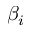
\beta _ { i }